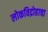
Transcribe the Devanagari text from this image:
लोकविद्रोहाचा